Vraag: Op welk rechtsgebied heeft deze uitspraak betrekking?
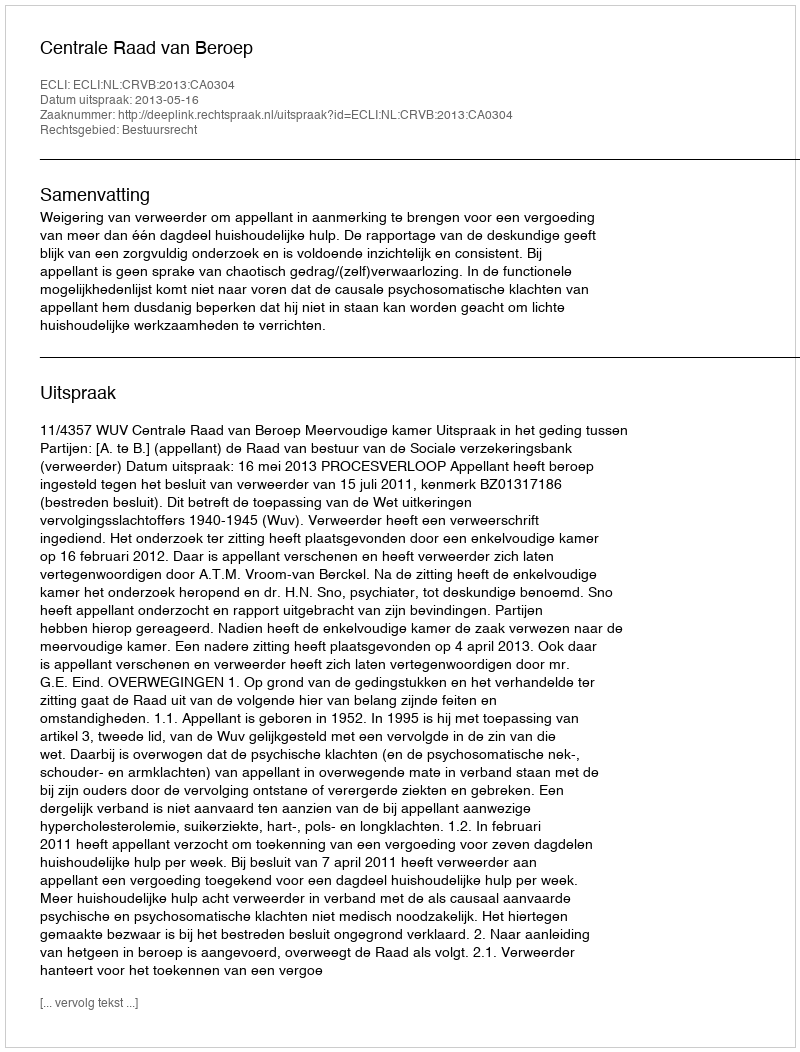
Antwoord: Bestuursrecht